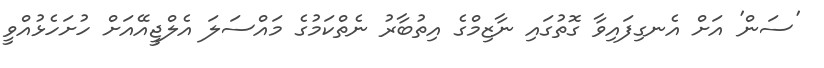
'ސަން' އަށް އެނގިފައިވާ ގޮތުގައި ނާޒިމްގެ އިތުބާރު ނެތްކަމުގެ މައްސަލަ އެލްޖީއޭއަށް ހުށަހެޅުއްވީ